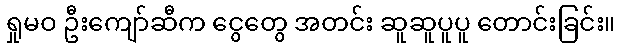
ရှုမဝ ဦးကျော်ဆီက ငွေတွေ အတင်း ဆူဆူပူပူ တောင်းခြင်း။